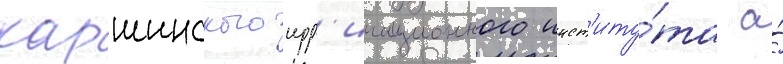
каршинского ирр'игационного инст'иту́та а́